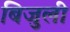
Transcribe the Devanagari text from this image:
बिजुली